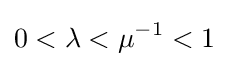
0<\lambda <\mu ^{-1}<1